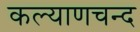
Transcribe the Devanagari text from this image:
कल्याणचन्द